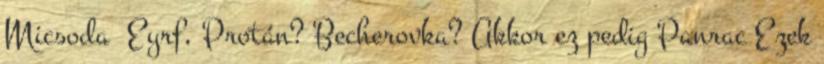
Micsoda Eyrf, Protán? Becherovka? Akkor ez pedig Panrac Ezek